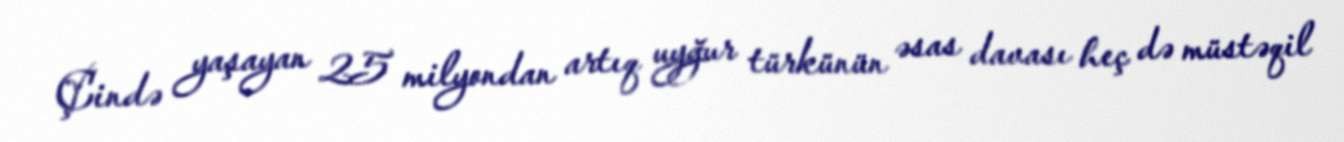
Çində yaşayan 25 milyondan artıq uyğur türkünün əsas davası heç də müstəqil